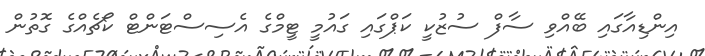
އިންޑިއާގައި ބޭއްވި ސާފް ސުޒުކީ ކަޕްގައި ގައުމީ ޓީމްގެ އެސިސްޓަންޓް ކޯޗެއްގެ ގޮތުން